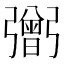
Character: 𢐷